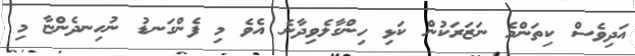
އަދިވެސް ކިތަންމެ ނަޒަރަކުން ކަޅި ހިންގާލެވިދާނެ އެވެ މި ފެންގަނޑު ނުހިނދެންޏާ މި